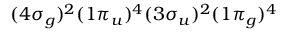
( 4 \sigma _ { g } ) ^ { 2 } ( 1 \pi _ { u } ) ^ { 4 } ( 3 \sigma _ { u } ) ^ { 2 } ( 1 \pi _ { g } ) ^ { 4 }